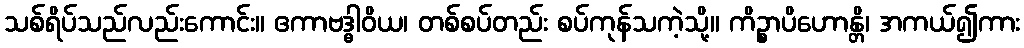
သစ်ရိပ်သည်လည်းကောင်း။ ဧကာဗဒ္ဓါဝိယ၊ တစ်စပ်တည်း စပ်ကုန်သကဲ့သို့။ ကိဉ္စာပိဟောန္တိ၊ အကယ်၍ကား